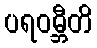
ပရဝမ္ဘီတိ